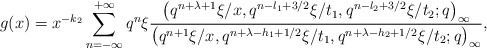
\begin{align*}g (x)= x ^{-k_2} \sum_{n=-\infty}^{+\infty} q^n\xi\frac{\big(q^{n + \lambda +1} \xi / x, q^{n- l_1 + 3/2} \xi /t_1, q^{n-l_2 +3/2} \xi /t_2 ; q\big)_{\infty}}{\big(q^{n+1} \xi / x, q^{n + \lambda -h_1 +1/2} \xi /t_1, q^{n + \lambda -h_2 +1/2} \xi /t_2 ; q\big)_{\infty}}, \end{align*}